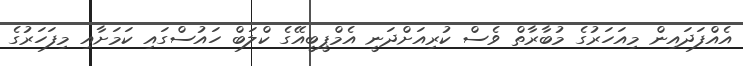
އެއްފަދައިން މިއަހަރުގެ މުބާރާތް ވެސް ކުރިއަށްދަނީ އެމްޕީބީއޭގެ ކްލަބް ހައުސްގައި ކަމަށާއި މިފަހަރުގެ